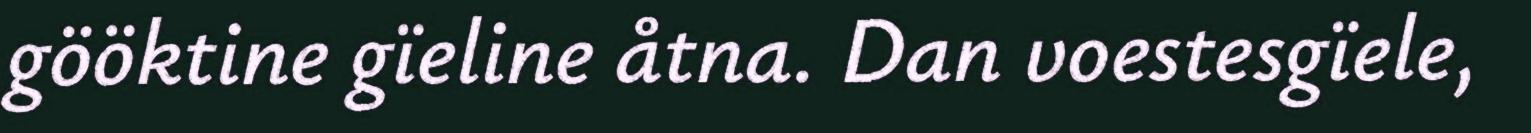
gööktine gïeline åtna. Dan voestesgïele,